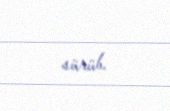
sürüb.